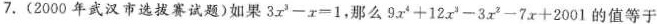
7. (2000年武汉市选拔赛试题)如果$$3 x ^ { 3 } - x = 1$$，那么$$9 x ^ { 4 } + 1 2 x ^ { 3 } - 3 x ^ { 2 } - 7 x + 2 0 0 1$$的值等于